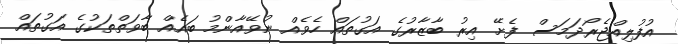
އުފުލިއްޖެރޯދަމަސް ފެށޭ އިރު ބާޒާރުގެ އަގުތައް ހެވެއް ނުވޭއާންމު ބައެއް ބާވަތްތަކުގެ އަގުތައް